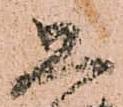
恐